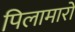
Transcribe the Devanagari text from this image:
पिलामारों